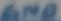
Text: GND